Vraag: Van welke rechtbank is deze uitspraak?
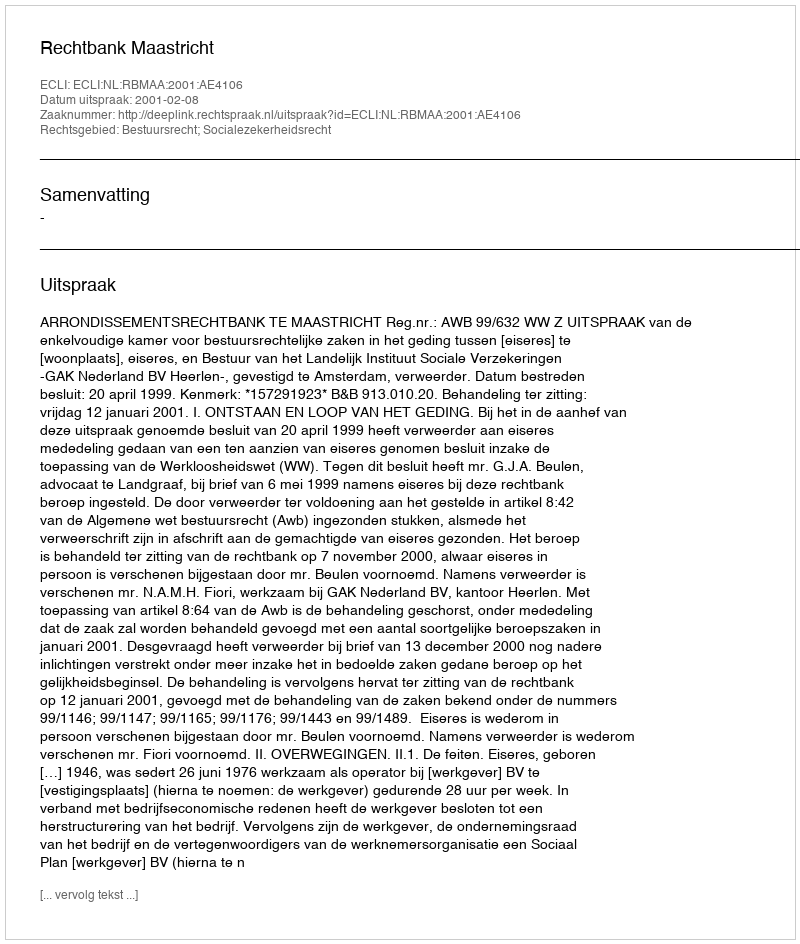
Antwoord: Rechtbank Maastricht